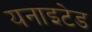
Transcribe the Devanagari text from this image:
यनाइटेड